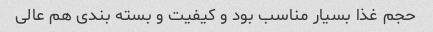
حجم غذا بسیار مناسب بود و کیفیت و بسته بندی هم عالی